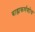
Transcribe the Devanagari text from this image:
बाह्यकर्णशोथ